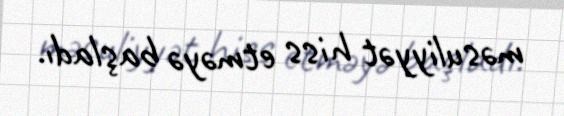
məsuliyyət hiss etməyə başladı.